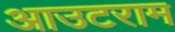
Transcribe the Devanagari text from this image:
आउटराम